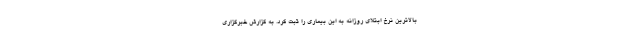
بالاترین نرخ ابتلای روزانه به این بیماری را ثبت کرد. به گزارش خبرگزاری